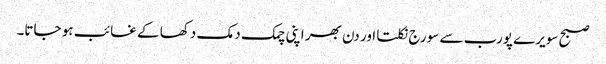
صبح سویرے پورب سے سورج نکلتا اور دن بھر اپنی چمک دمک دکھا کے غائب ہو جاتا۔